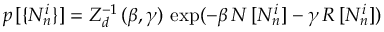
p \, [ \{ N _ { n } ^ { i } \} ] = Z _ { d } ^ { - 1 } \, ( \beta , \gamma ) \, \exp ( - \beta \, N \, [ N _ { n } ^ { i } ] - \gamma \, { \cal R } \, [ N _ { n } ^ { i } ] )